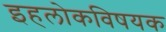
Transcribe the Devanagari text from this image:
इहलोकविषयक